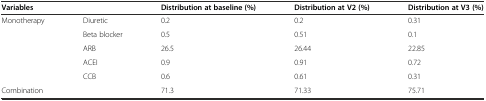
<table><thead><tr><td colspan="2"><b>Variables</b></td><td><b>Distribution at baseline (%)</b></td><td><b>Distribution at V2 (%)</b></td><td><b>Distribution at V3 (%)</b></td></tr></thead><tbody><tr><td rowspan="5">Monotherapy</td><td>Diuretic</td><td>0.2</td><td>0.2</td><td>0.31</td></tr><tr><td>Beta blocker</td><td>0.5</td><td>0.51</td><td>0.1</td></tr><tr><td>ARB</td><td>26.5</td><td>26.44</td><td>22.85</td></tr><tr><td>ACEI</td><td>0.9</td><td>0.91</td><td>0.72</td></tr><tr><td>CCB</td><td>0.6</td><td>0.61</td><td>0.31</td></tr><tr><td colspan="2">Combination</td><td>71.3</td><td>71.33</td><td>75.71</td></tr></tbody></table>